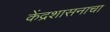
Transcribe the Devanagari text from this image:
केंद्रशासनाचा